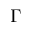
\Gamma